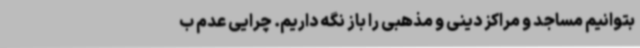
بتوانیم مساجد و مراکز دینی‌ و مذهبی را باز نگه داریم. چرایی عدم ب